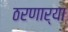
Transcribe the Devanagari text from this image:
ठरणार्या